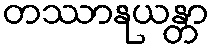
တဿာနုယန္တာ